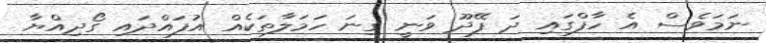
ނަމަވެސް އެ ހާފްގައި ދަ ފޭދޫ ވަނީ ގިނަ ހަމަލާތަކެއް އުފައްދައި ގޯދިއްޔާ